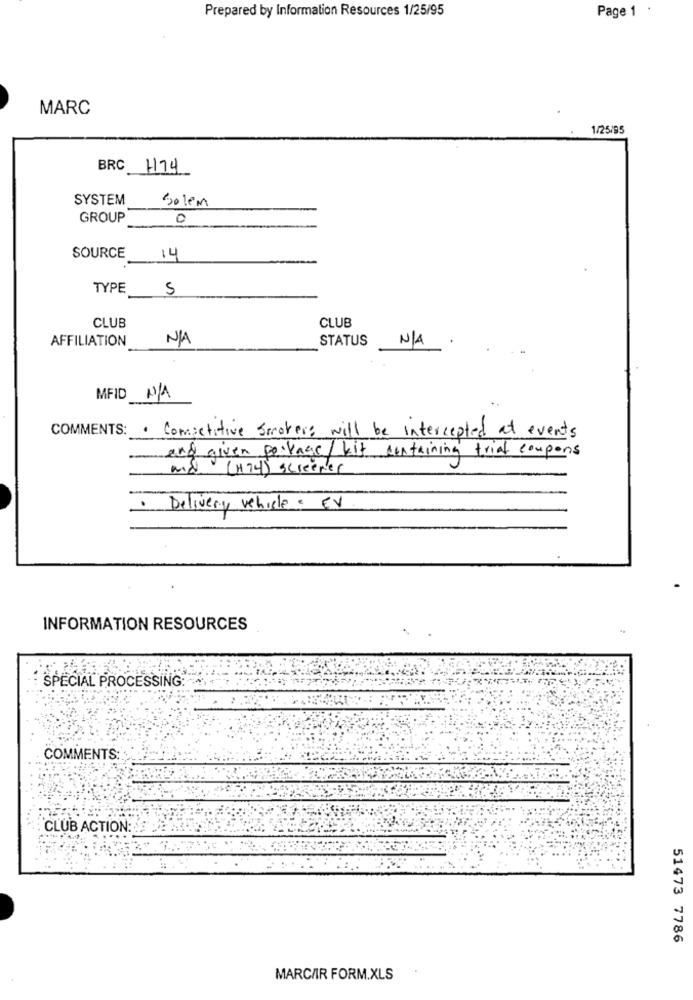
Prepared by Information Resources 1/25/95
Page 1
MARC
1/25/95
BRC
H74
SYSTEM
Solem
GROUP
0
SOURCE
14
TYPE
5
CLUB
CLUB
AFFILIATION
STATUS
MFID
COMMENTS:
· Competitive smokers will be intercepted at events
and given package/ kit containing trial coupons
and (H74) screener
· Delivery vehicle. EV
INFORMATION RESOURCES
SPECIAL PROCESSING
COMMENTS:
CLUB ACTION:
51473 7786
MARC/IR FORM.XLS